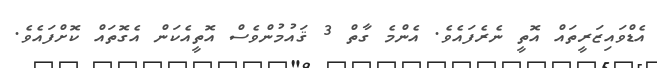
އެޑްވައިޒަރީތައް އޮތީ ނެރެފައެވެ. އެންމެ ގާތް 3 ޤައުމުންވެސް އޮތީއެކަން އެގޮތައް ކޮށްފައެވެ.